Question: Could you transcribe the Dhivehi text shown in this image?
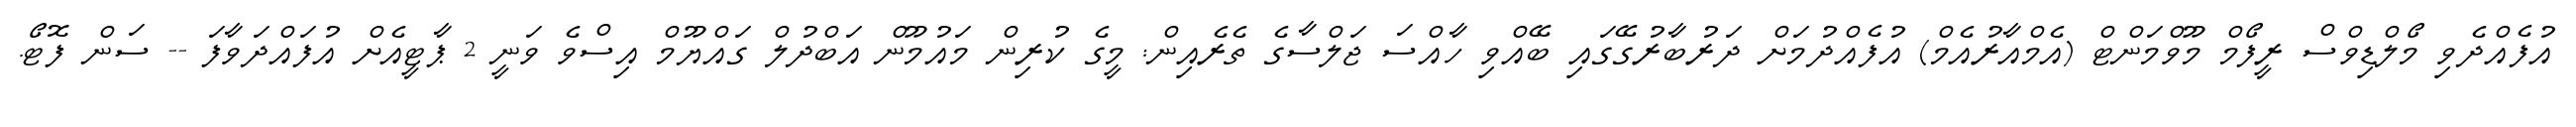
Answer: އުފެއްދެވި މޯލްޑިވްސް ރީފޯމް މޫވްމަންޓް (އެމްއާރުއެމް) އުފެއްދުމަށް ދަރުބާރުގޭގައި ބޭއްވި ހާއްސަ ޖަލްސާގެ ތެރެއިން: މީގެ ކުރިން މައުމޫން އަބްދުލް ގައްޔޫމް އިސްވެ ވަނީ 2 ޕާޓީއެށް އުފައްދަވާފަ -- ސަން ފޮޓޯ.